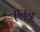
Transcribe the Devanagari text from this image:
एन७६